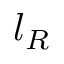
l _ { R }